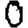
Digit: 0